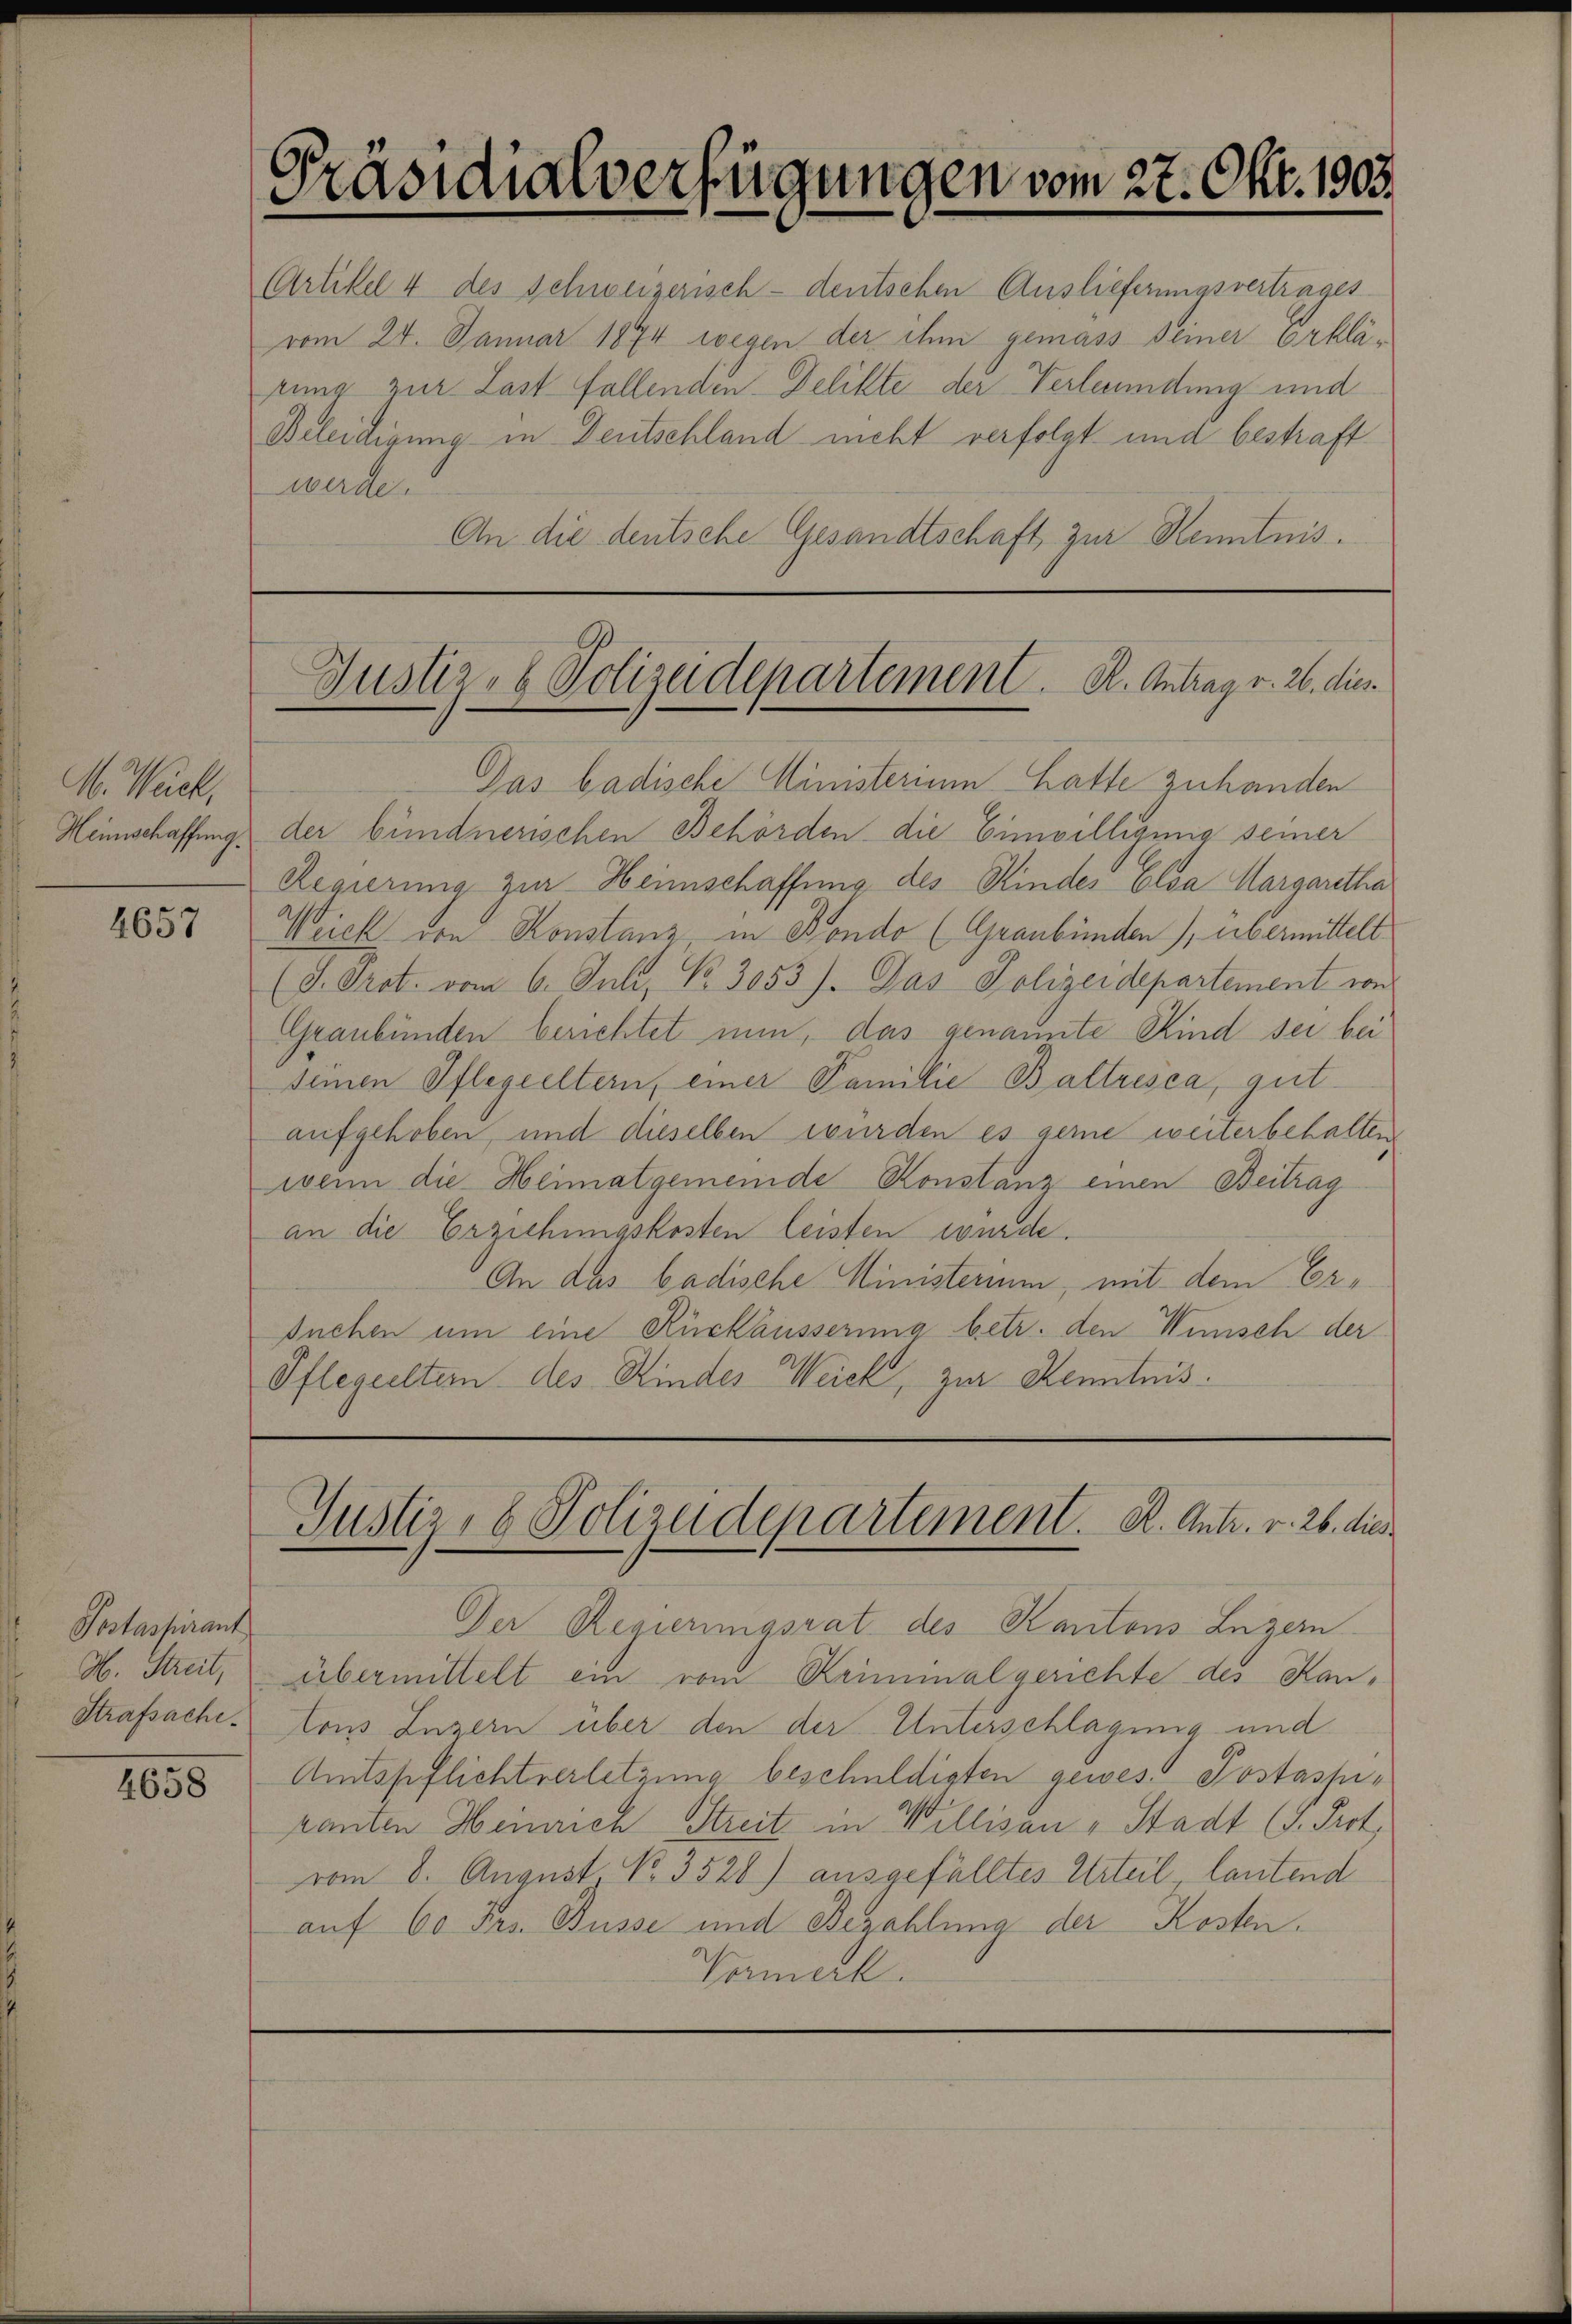
M. Wack,
Heimschaffung.

4657

Pestaspirant
Strafsache.

655

Präsidialverfügungen vom 22. Okt. 1903

AArtikel 4 des Schweizerisch - deutschen Auslieferungsvertrages
vom 24. Januar 1874 wegen der ihm gemass seiner Erklärung zur Last fallenden Delikte der Verleumdung und
Beleidigung in Deutschland nicht verfolgt und bestraft
werde.
An die deutsche Gesandtschaft zur Kenntnis¬

Justiz- & Polizeidepartement. A. Antrag v. 26. dies
—

Das badische Ministerium hatte zuhanden
der bündnerischen Behörden die Einwilligung seiner
Regierung zur Heimschaffung des Kindes Elsa Margaretha
Weich von Konstanz in Fondo (Graubünden), übermittelt
(J. Oret. vom 6. Juli, No. 3055). Das Polizeidepartement von
Graubünden berichtet nun, das genannte Kind sei bei
seinen Pflegeeltern, einer Familie Baltresca, gutaufgehoben, und dieselben wurden es gerne weiterbehalten
wenn die Heimatgemeinde Konstanz einen Beitrag
an die Erziehungskosten leisten wurde.
An das badische Ministerium, mit dem Ersuchen um eine Rückäusserung betr. den Winisch der
Pflegeeltem des Kinder Weich, zur Kenntnis.

Der Regierungsrat des Kantons Luzern
H. Streit, übermittelt ein vom Kriminalgerichte des Hantons Luzern über den der Unterschlagung und
Amtspflichtverletzung beschuldigten gewes. Postassranten Heinrich Streit in Willisau - Stadt (I. Prot
vom 8. August, No. 3520) ausgefälltes Urteil, lautend
auf 60 Frs. Busse und Bezahlung der Kosten.
Vormerk.

Justiz- & Polizeidepartement. A. Antr. v. 26. dies